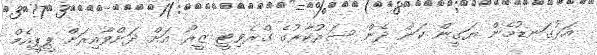
އަޅުގަނޑުމެން ޔަގީން ކަން ދެން ސަރުކާރުގެ ގްރެވިޓީ ޒީރޯ އަށް ދަށްވާއިރަށް ޕީޕީއެމް